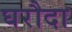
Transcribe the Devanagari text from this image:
घरौदा